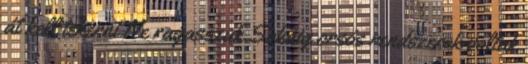
át kell tekerni Ne ragasszuk Sokáig orsós rendszerek voltak